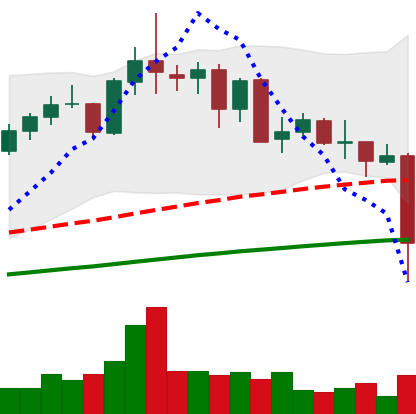
Ticker: NEO-USD
Chart end date: 2021-05-19
Forward return: -3.033%
Label: down_3_5